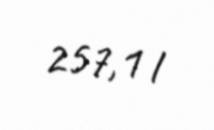
257,1 l